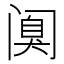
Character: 𰿸